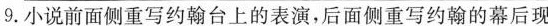
9.小说前面侧重写约翰台上的表演，后面侧重写约翰的幕后现